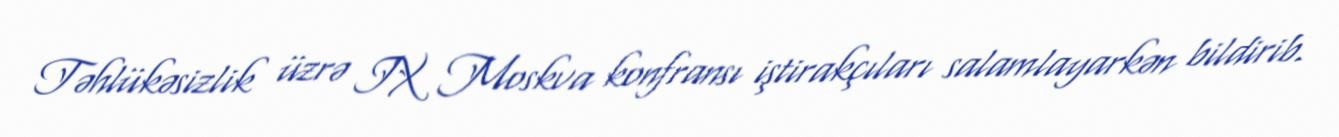
Təhlükəsizlik üzrə IX Moskva konfransı iştirakçıları salamlayarkən bildirib.